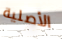
الأصلية